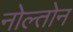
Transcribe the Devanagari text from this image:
नोल्तोन